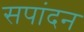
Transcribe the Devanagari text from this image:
सपांदन